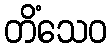
တိံသေဝ